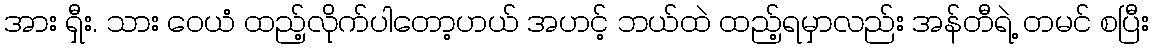
အား ရှီး. သား ဝေယံ ထည့်လိုက်ပါတော့ဟယ် အဟင့် ဘယ်ထဲ ထည့်ရမှာလည်း အန်တီရဲ့ တမင် စပြီး